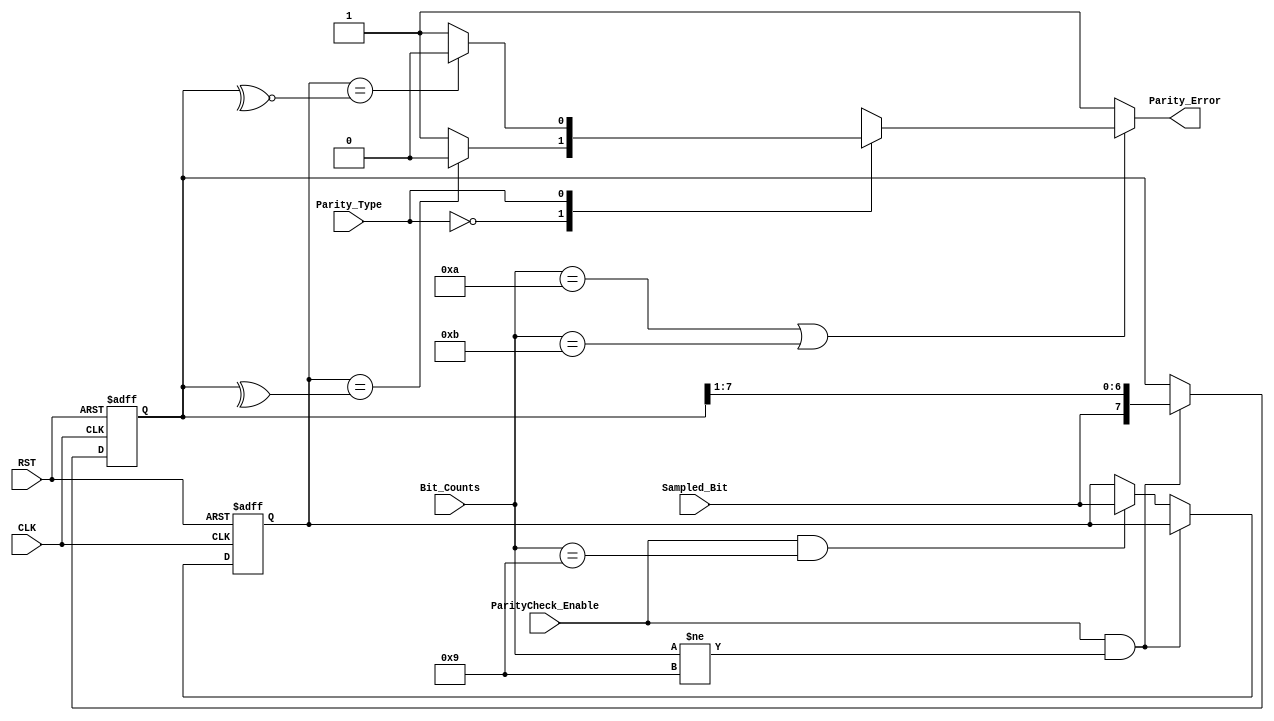
module RX_ParityCheck 
(
  input wire            RST,
  input wire            CLK,
  input wire            ParityCheck_Enable,
  input wire            Parity_Type,
  input wire            Sampled_Bit,
  input wire    [3:0]   Bit_Counts,   
  output reg            Parity_Error
);


reg [7:0]   Register;
reg [7:0]   Register_comb;
reg         ParityBit;
reg         ParityBit_comb;



localparam  EVEN = 0,
            ODD = 1;


always @ (posedge CLK or negedge RST)
  begin
    if(!RST)
      begin
        Register <= 8'b0;
        ParityBit <= 0;
      end
    else 
      begin
        Register <= Register_comb;
        ParityBit <= ParityBit_comb;
      end
  end


always @ (*)
  begin
    if(ParityCheck_Enable && Bit_Counts != 4'd9)        
      begin
        Register_comb = {Sampled_Bit,Register[7:1]} ;
        ParityBit_comb = ParityBit;
      end
    else if (ParityCheck_Enable && Bit_Counts == 4'd9) 
      begin
        Register_comb = Register;
        ParityBit_comb = Sampled_Bit;
      end
    else
      begin
        Register_comb = Register;
        ParityBit_comb = ParityBit;
      end   
  end

always @ (*)
begin
  if (Bit_Counts == 4'd10 || Bit_Counts == 4'd11)
    begin
      case (Parity_Type)
        EVEN: begin
                if (ParityBit == ^Register)
                  begin
                    Parity_Error = 0; 
                  end
                else
                  begin
                    Parity_Error = 1; 
                  end
              end
        ODD:  begin
                if (ParityBit == ~^Register)
                  begin
                    Parity_Error = 0; 
                  end
                else
                  begin
                    Parity_Error = 1; 
                  end
              end
        default:  begin
                    Parity_Error = 1;
                  end
      endcase
    end
  else
    begin
      Parity_Error = 1;
    end
end


endmodule